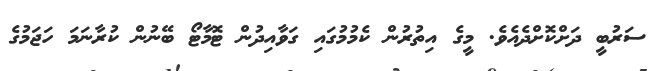
ސަރުބީ ދަށްކޮށްދެއެވެ. މީގެ އިތުރުން ކެމުމުގައި ގަވާއިދުން ޓޮމާޓޯ ބޭނުން ކުރާނަމަ ހަޖަމުގެ